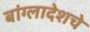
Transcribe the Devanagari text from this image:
बांग्लादेशचे